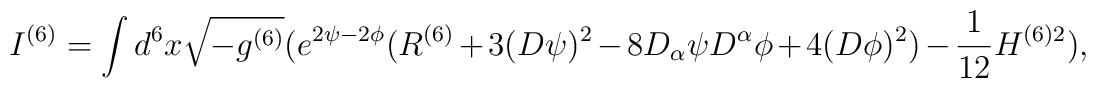
I^{(6)} = \int d^6 x \sqrt{- g^{(6)} } (e^{2 \psi - 2 \phi} ( R^{(6)} +3 (D \psi )^2 - 8 D_{\alpha} \psi D^{\alpha}\phi + 4 (D \phi )^2 ) - \frac{1}{12} H^{(6) 2} ) ,